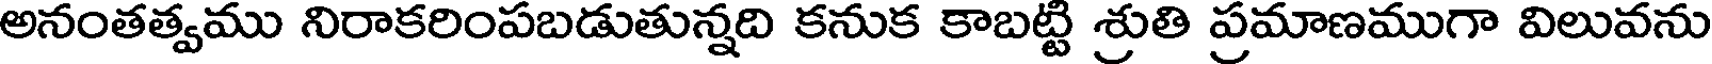
అనంతత్వము నిరాకరింపబడుతున్నది కనుక కాబట్టి శ్రుతి ప్రమాణముగా విలువను